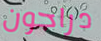
دراجون